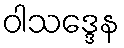
ဝါသဒ္ဒေန